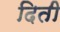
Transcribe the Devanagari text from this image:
दिती